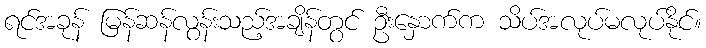
ရင်အခုန် မြန်ဆန်လွန်းသည့်အချိန်တွင် ဦးနှောက်က သိပ်အလုပ်မလုပ်နိုင်။